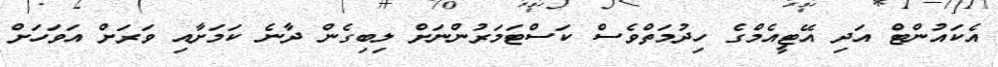
އެކައުންޓް އަދި އޭޓީއެމްގެ ހިދުމަތްވެސް ކަސްޓަމަރުންނަށް ލިބިގެން ދާނެ ކަމަށާއި ވަރަށް އަވަހަށް